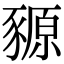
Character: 豲